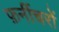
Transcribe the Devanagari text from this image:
फ़र्नीचरों